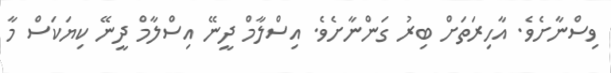
ވިސްނާށެވެ. އާހިރަތަށް ބިރު ގަންނާށެވެ. އިސްލާމް ދީނޭ އިސްލާމް ދީނޭ ކިޔަކަސް މާ